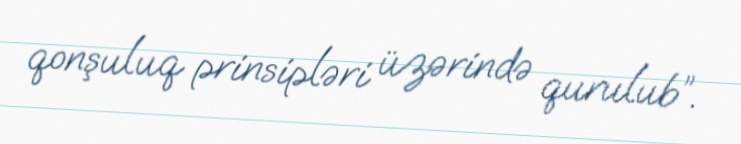
qonşuluq prinsipləri üzərində qurulub”.